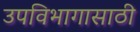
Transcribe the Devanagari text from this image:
उपविभागासाठी